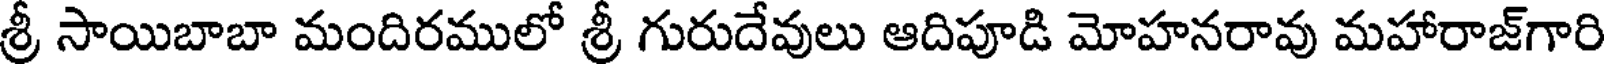
శ్రీ సాయిబాబా మందిరములో శ్రీ గురుదేవులు ఆదిపూడి మోహనరావు మహారాజ్గారి